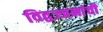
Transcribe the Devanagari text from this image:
विद्वज्जनांची